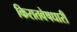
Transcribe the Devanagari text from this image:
किरातवेषधारी